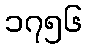
၁၇၅၆